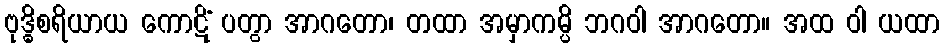
ဗုဒ္ဓိစရိယာယ ကောဋိံ ပတွာ အာဂတော၊ တထာ အမှာကမ္ပိ ဘဂဝါ အာဂတော။ အထ ဝါ ယထာ